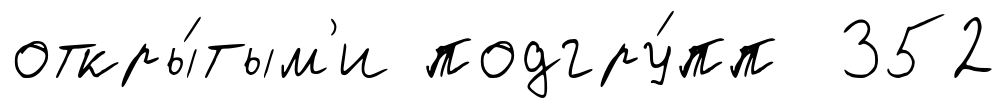
откры́тым'и подгру́пп 352